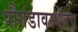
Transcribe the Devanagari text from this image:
पौगंडावस्थेतच